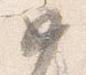
如